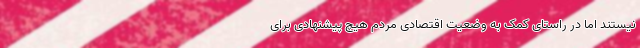
نیستند اما در راستای کمک به وضعیت اقتصادی مردم هیچ پیشنهادی برای